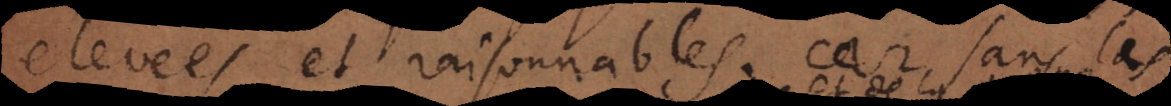
generalement et raisonnables, car sans les